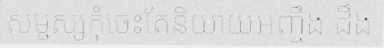
សម្ជស្សកុំចេះតែនិយាយអញ្ចឹង ដឹង